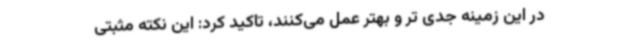
در این زمینه جدی تر و بهتر عمل می‌کنند، تاکید کرد: این نکته مثبتی